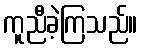
ကူညီခဲ့ကြသည်။